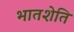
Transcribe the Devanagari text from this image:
भातशेति